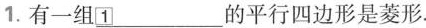
1.有一组\underline{1} 的平行四边形是菱形。